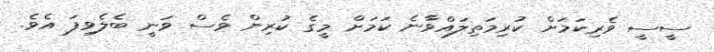
ސީސީ ވެރިކަމަށް ކުރިމަތިލައްވާނެ ކަމަށް މީގެ ކުރިން ވެސް ވަނީ ބެލެވިފަ އެވެ.